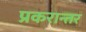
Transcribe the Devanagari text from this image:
प्रकरान्तर